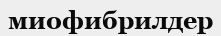
миофибрилдер